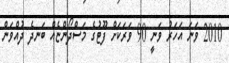
2010 ވަނަ އަހަރު ވަނީ 90 ވަރަކަށް ފޫޓުގެ މަސްދޯންޏެއް ބަނދެ ދުއްވަން